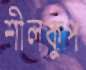
শীলকুপ